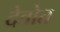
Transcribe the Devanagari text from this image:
देवोत